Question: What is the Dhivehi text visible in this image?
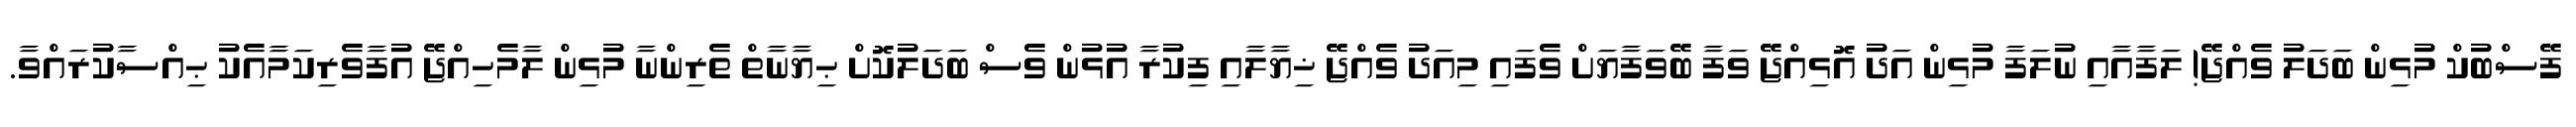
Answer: ފޭސްބުކް މުޅިން ބަދަލު ވެއްޖޭ! ލަފާއާއި ނުލަފާ މުޅިން އަދު އޮޅިއްޖޭ ވަފާ ބޭވަފާޔަށް ވެފައި މިއަދު ވެއްޖޭ ޚިޔާލާއި ފިކުރާ އުޅުން ވެސް ބަދަލުކޮށް ޙިޔާނާތް ތެރިންނާ މުޅިން ލާމެހިއްޖޭ އުފާވެރިކަމާއެކު ޙިއްސާކުރައްވާ.